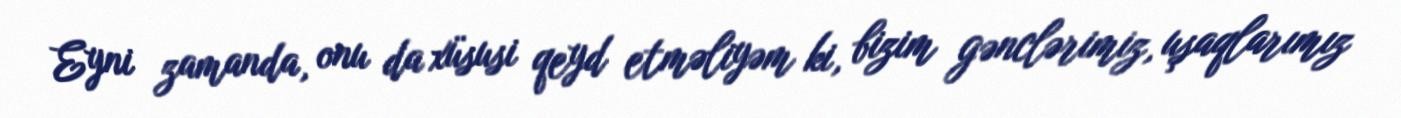
Eyni zamanda, onu da xüsusi qeyd etməliyəm ki, bizim gənclərimiz, uşaqlarımız